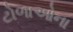
ટોળાઓના